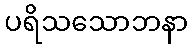
ပရိသသောဘနာ